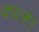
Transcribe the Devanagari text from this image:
काल्हेर